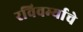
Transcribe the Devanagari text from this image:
रविवर्म्याचे